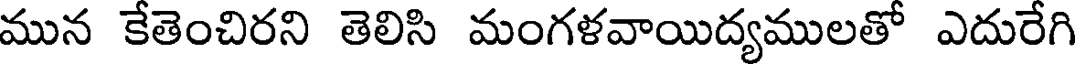
మున కేతెంచిరని తెలిసి మంగళవాయిద్యములతో ఎదురేగి